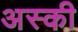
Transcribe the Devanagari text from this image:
अस्की